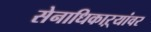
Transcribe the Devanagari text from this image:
सेनाधिकाऱ्यांवर